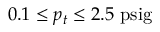
0 . 1 \leq p _ { t } \leq 2 . 5 ~ \mathrm { p s i g }